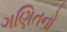
ગણિતનો